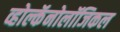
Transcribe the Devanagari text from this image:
व्होल्कॅनोलॉजिकल